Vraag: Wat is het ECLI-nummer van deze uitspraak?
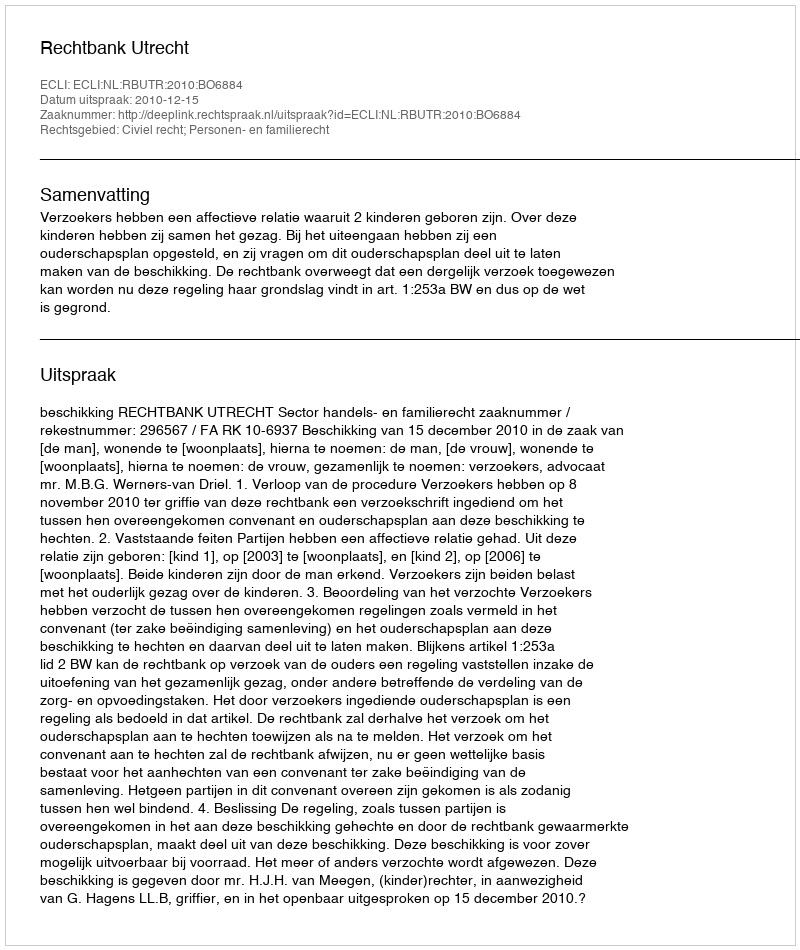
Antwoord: ECLI:NL:RBUTR:2010:BO6884